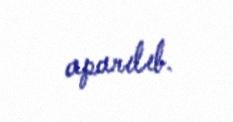
aparılıb.